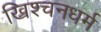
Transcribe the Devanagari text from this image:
ख्रिश्चनधर्म